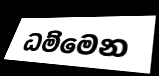
ධම්මෙන